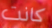
كانت